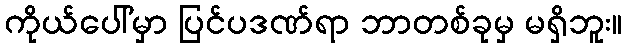
ကိုယ်ပေါ်မှာ ပြင်ပဒဏ်ရာ ဘာတစ်ခုမှ မရှိဘူး။